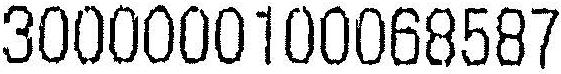
3000000100068587